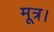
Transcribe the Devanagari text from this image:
मूत्र।